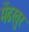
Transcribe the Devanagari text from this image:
मेंढखुर